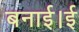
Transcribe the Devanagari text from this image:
बनाई।ई